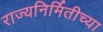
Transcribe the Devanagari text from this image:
राज्यनिर्मितीच्या